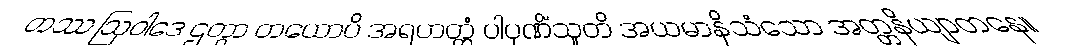
တဿ ဩဝါဒေ ဌတွာ တယောပိ အရဟတ္တံ ပါပုဏိံသူတိ အယမာနိသံသော အတ္တနိယျာတနေ။